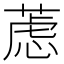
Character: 𰱮